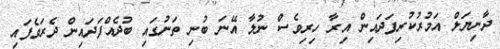
ދާނިޔަލް އަމުރުކުރިފަދައިން އިރާ ހިރިވެސް ނުލާ އޭނަ ބުނި ތަނުގައި ބުދެއްފަދައިން ދެރަވެފައި